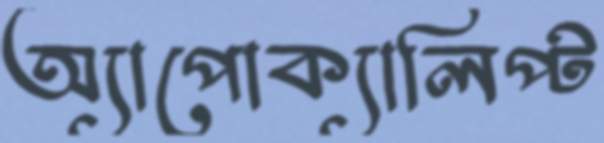
অ্যাপোক্যালিপ্ট